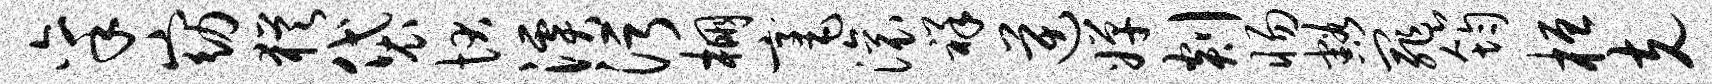
禀窈犹袋状溪污棚毫滚祥逆婵剡惕豁罪筠桓克